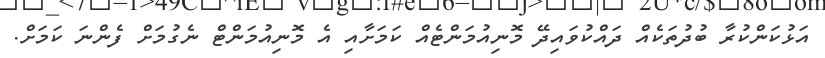
އަޅުކަންކުރާ ބުދުތަކެއް ދައްކުވައިދޭ މޮނިއުމަންޓެއް ކަމަށާއި އެ މޮނިއުމަންޓް ނެގުމަށް ފެންނަ ކަމަށް.